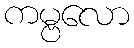
ကမ္ဗလော